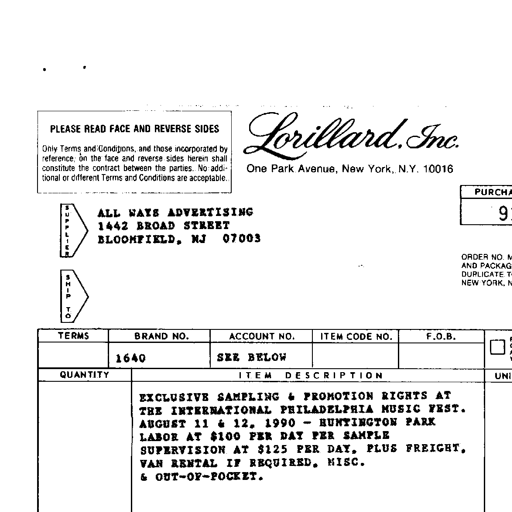
PLEASE READ FACE AND REVERSE SIDES
Only Terms and Conditions, and those incorporated by
reference, on the face and reverse sides herein shall
constitute the contract between the parties. No addi-
tional or different Terms and Conditions are acceptable.
Lorillard, Inc.
One Park Avenue, New York, N.Y. 10016
PURCHASE ORDER NO.
91640
SUPPLIER
ALL WAYS ADVERTISING
1442 BROAD STREET
BLOOMFIELD, NJ 07003
SHIP TO
ORDER NO. MUST APPEAR ON ALL INVOICES, B/L
AND PACKAGES. SEND INVOICE IN TRIPLICATE
DUPLICATE TO PURCHASING DEPT. AT 1 PARK AVE.
NEW YORK, N.Y. 10016.
TERMS
BRAND NO.
ACCOUNT NO.
ITEM CODE NO.
F.O.B.
1640
SEE BELOW
QUANTITY
ITEM DESCRIPTION
UNIT PRICE
EXCLUSIVE SAMPLING & PROMOTION RIGHTS AT
THE INTERNATIONAL PHILADELPHIA MUSIC FEST.
AUGUST 11 & 12, 1990 - HUNTINGTON PARK
LABOR AT $100 PER DAY PER SAMPLE
SUPERVISION AT $125 PER DAY, PLUS FREIGHT,
VAN RENTAL IF REQUIRED, MISC.
& OUT-OF-POCKET.